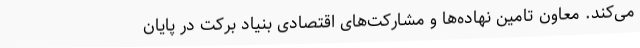
می‌کند. معاون تامین نهاده‌ها و مشارکت‌های اقتصادی بنیاد برکت در پایان